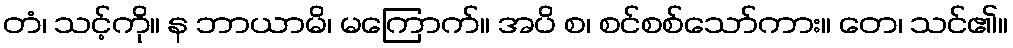
တံ၊ သင့်ကို။ န ဘာယာမိ၊ မကြောက်။ အပိ စ၊ စင်စစ်သော်ကား။ တေ၊ သင်၏။